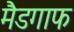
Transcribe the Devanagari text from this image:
मैडगाफ